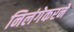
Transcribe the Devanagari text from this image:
निलंगेकरने